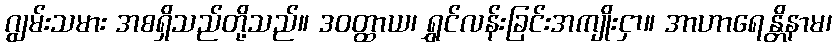
ဂျွမ်းသမား အစရှိသည်တို့သည်။ ဒဝတ္ထာယ၊ ရွှင်လန်းခြင်းအကျိုးငှာ။ အာဟာရေန္တိနာမ၊